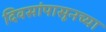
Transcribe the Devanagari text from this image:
दिवसांपासूनच्या